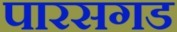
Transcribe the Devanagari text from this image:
पारसगड